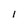
Character: I